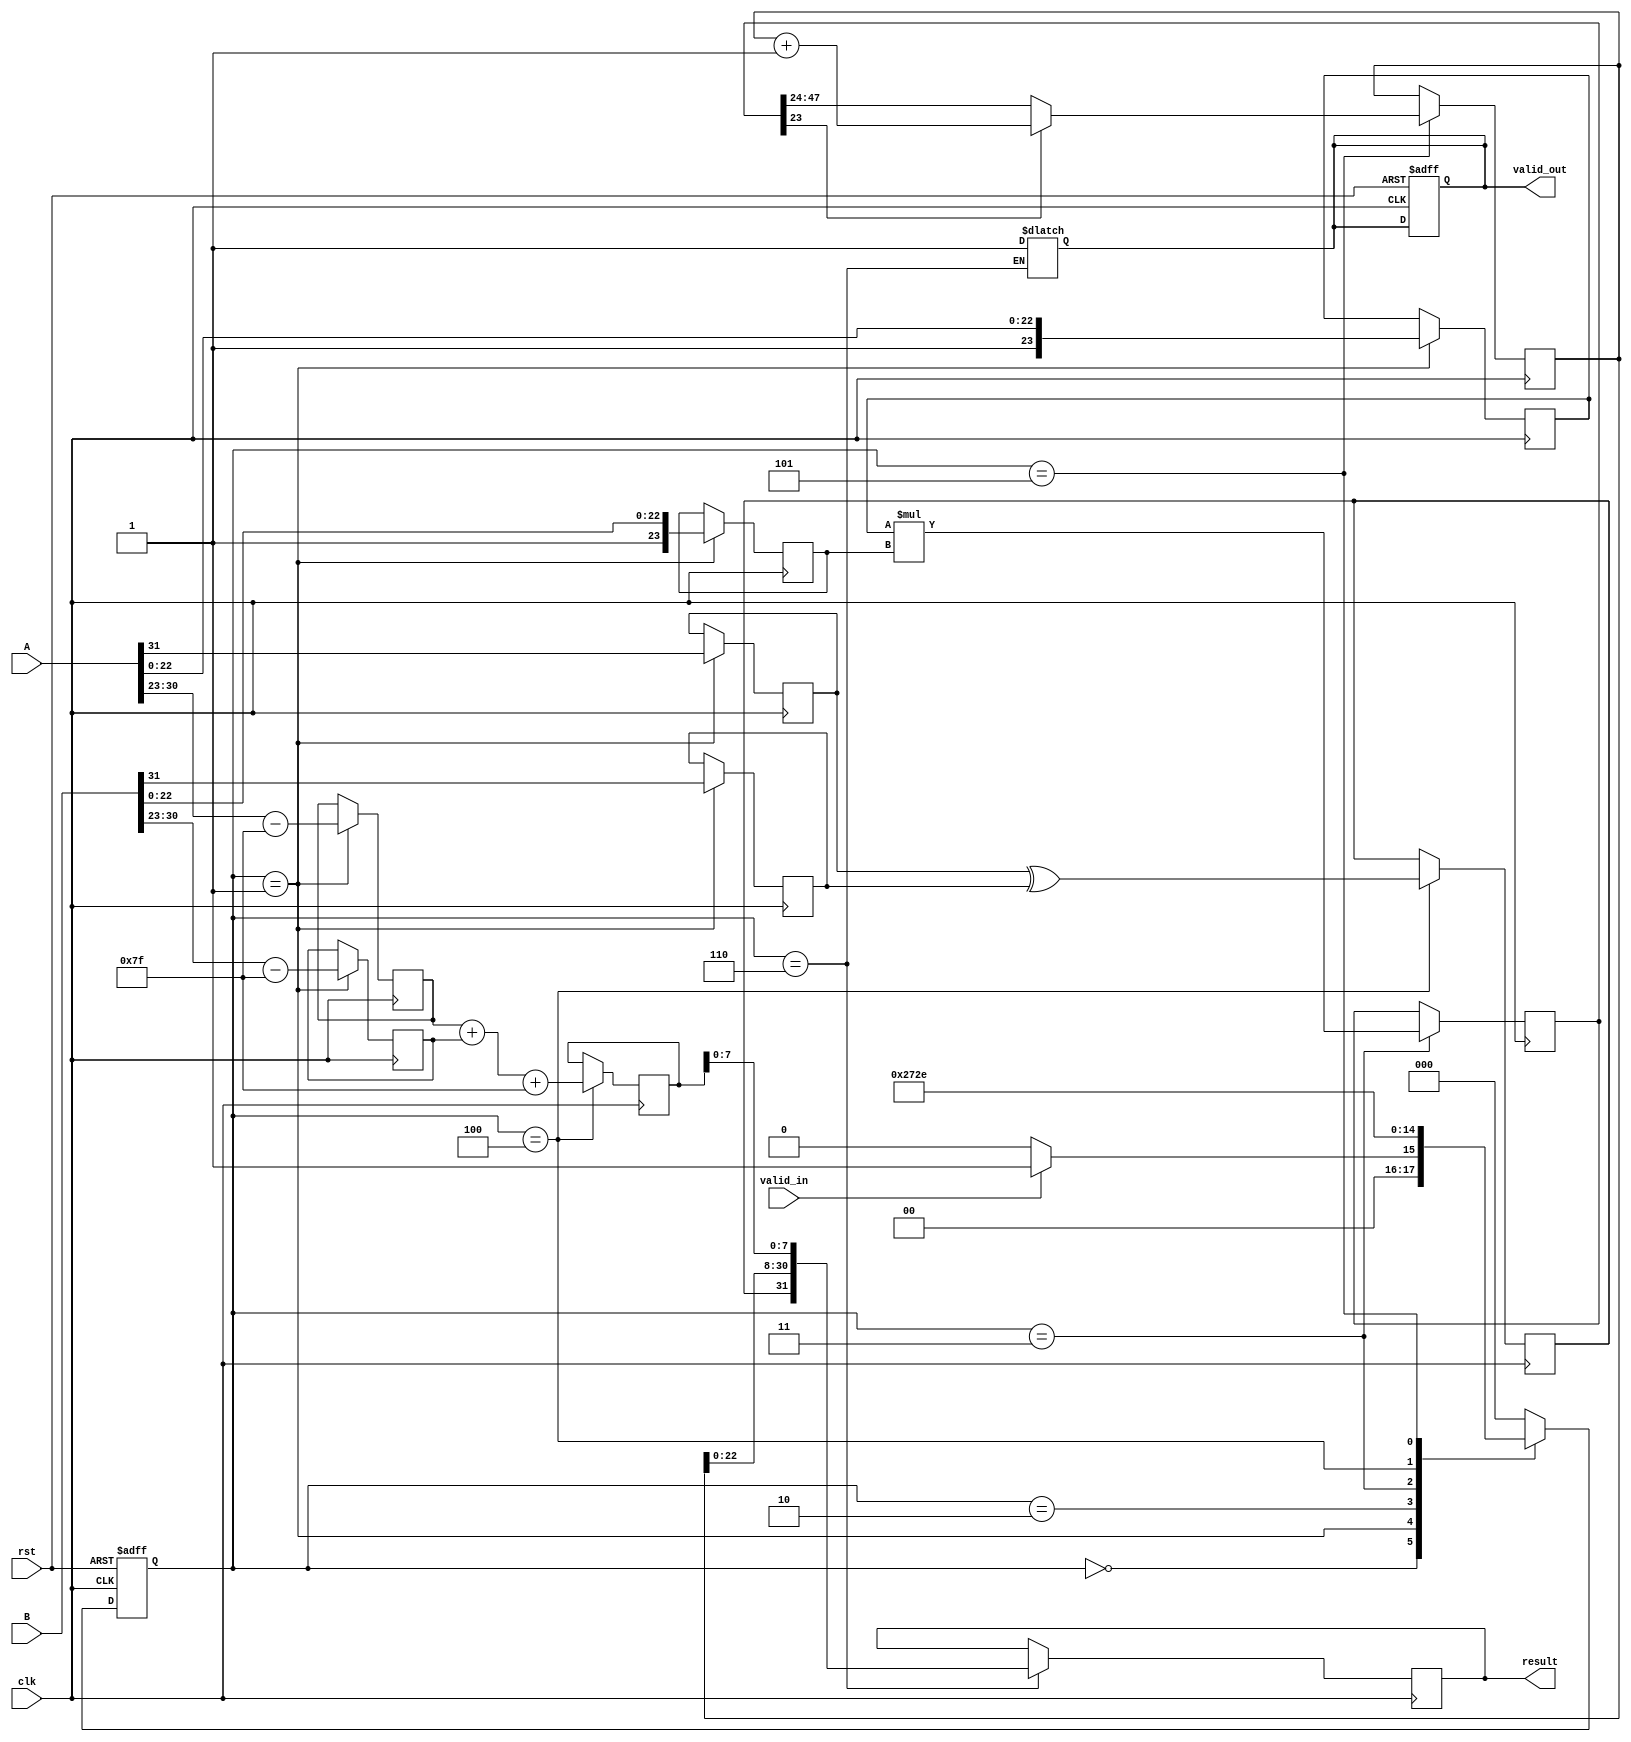
module fp_multiplier (
    input clk,
    input rst,
    input valid_in,
    input [31:0] A, // 32-bit floating-point input A
    input [31:0] B, // 32-bit floating-point input B
    output reg valid_out,
    output reg [31:0] result // 32-bit floating-point output
);

// Pipeline registers
reg [31:0] A_reg, B_reg;
reg [23:0] mantissa_A, mantissa_B;
reg [7:0] exponent_A, exponent_B;
reg sign_A, sign_B;
reg [47:0] mantissa_product;
reg [8:0] exponent_sum; // To handle overflow
reg [23:0] mantissa_result;
reg sign_result;

// Control signals
reg [2:0] state, next_state;
localparam IDLE = 3'b000, INPUT = 3'b001, NORMALIZE = 3'b010, MULTIPLY = 3'b011, EXPONENT = 3'b100, ROUND = 3'b101, OUTPUT = 3'b110;

// State machine for pipelining
always @(posedge clk or posedge rst) begin
    if (rst) begin
        state <= IDLE;
        valid_out <= 0;
    end else begin
        state <= next_state;
    end
end

// State transitions
always @(*) begin
    case (state)
        IDLE: begin
            if (valid_in) next_state = INPUT;
            else next_state = IDLE;
        end
        INPUT: next_state = NORMALIZE;
        NORMALIZE: next_state = MULTIPLY;
        MULTIPLY: next_state = EXPONENT;
        EXPONENT: next_state = ROUND;
        ROUND: next_state = OUTPUT;
        OUTPUT: begin
            valid_out = 1;
            next_state = IDLE;
        end
        default: next_state = IDLE;
    endcase
end

// Input stage
always @(posedge clk) begin
    if (state == INPUT) begin
        A_reg <= A;
        B_reg <= B;
        sign_A <= A[31];
        sign_B <= B[31];
        exponent_A <= A[30:23] - 127; // Unbias exponent
        exponent_B <= B[30:23] - 127; // Unbias exponent
        mantissa_A <= {1'b1, A[22:0]}; // Implicit leading 1
        mantissa_B <= {1'b1, B[22:0]}; // Implicit leading 1
    end
end

// Multiplication stage
always @(posedge clk) begin
    if (state == MULTIPLY) begin
        mantissa_product <= mantissa_A * mantissa_B;
    end
end

// Exponent calculation
always @(posedge clk) begin
    if (state == EXPONENT) begin
        exponent_sum <= exponent_A + exponent_B + 127; // Bias the result
        sign_result <= sign_A ^ sign_B; // XOR for sign
    end
end

// Rounding stage
always @(posedge clk) begin
    if (state == ROUND) begin
        // Simple rounding logic (to be refined)
        mantissa_result <= mantissa_product[47:24]; // Truncate to 24 bits
        if (mantissa_product[23]) begin // Check for rounding
            mantissa_result <= mantissa_result + 1;
        end
    end
end

// Output stage
always @(posedge clk) begin
    if (state == OUTPUT) begin
        result <= {sign_result, mantissa_result[22:0], exponent_sum[7:0]};
    end
end

endmodule